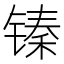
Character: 𮸙